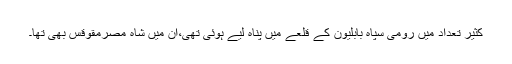
کثیر تعداد میں رومی سپاہ بابلیون کے قلعے میں پناہ لیے ہوئی تھی،ان میں شاہ مصرمقوقس بھی تھا۔